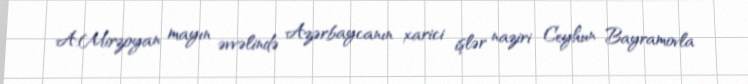
A.Mirzoyan mayın əvvəlində Azərbaycanın xarici işlər naziri Ceyhun Bayramovla